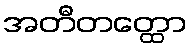
အတီတတ္ထော